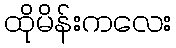
ထိုမိန်းကလေး